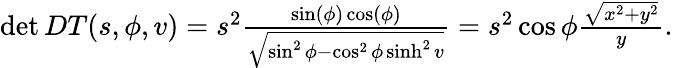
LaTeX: \begin{array}{r}{\operatorname*{det}DT(s,\phi,v)=s^{2}\frac{\sin(\phi)\cos(\phi)}{\sqrt{\sin^{2}\phi-\cos^{2}\phi\sinh^{2}v}}=s^{2}\cos\phi\frac{\sqrt{x^{2}+y^{2}}}{y}.}\end{array}